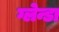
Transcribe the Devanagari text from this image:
ग्लेन्डा